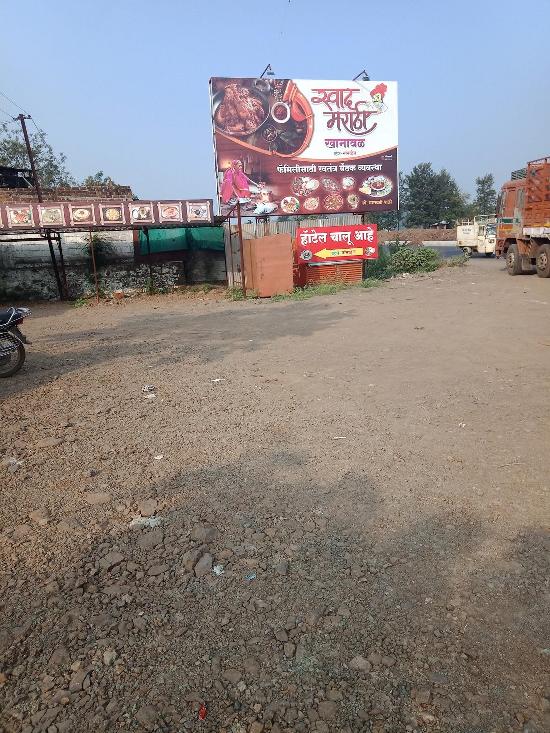
Language: marathi
Transcription: खानावळ मराठी स्वतंत्र आहे व्यवस्था हॉटेल फॅमिली स्वाद चालू